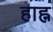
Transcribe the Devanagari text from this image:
हाह्न